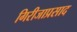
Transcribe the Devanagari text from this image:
गिरीजाप्रसाद